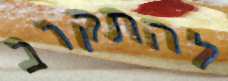
להתקרב